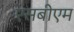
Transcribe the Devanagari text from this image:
एसबीएम